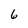
Character: 6